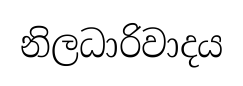
නිලධාරිවාදය